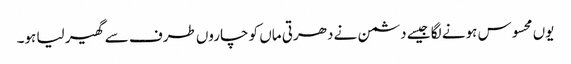
یوں محسوس ہونے لگا جیسے دشمن نے دھرتی ماں کو چاروں طرف سے گھیر لیا ہو۔